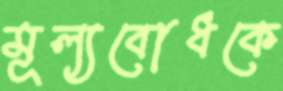
মূল্যবোধকে